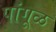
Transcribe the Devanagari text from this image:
पांगूळ